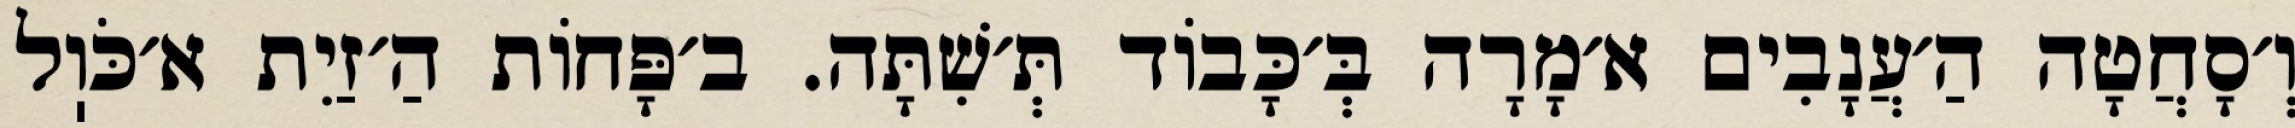
וְ׳סָחֲטָה הַ׳עֲנָבִים א׳מָרָה בְּ׳כָּבוֹד תְּ׳שִׁתָּה. ב׳פָּחוֹת הַ׳זַיִת א׳כֹּוֽל